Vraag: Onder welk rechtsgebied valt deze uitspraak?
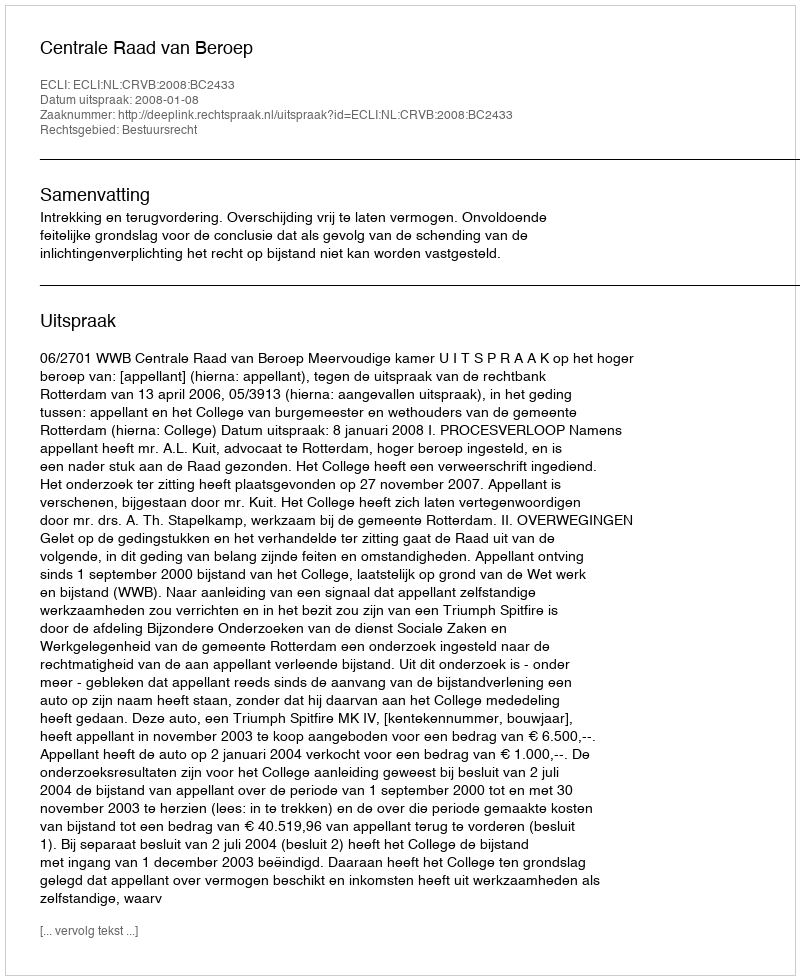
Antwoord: Bestuursrecht